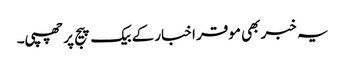
یہ خبر بھی موقر اخبار کے بیک پیج پر چھپی۔